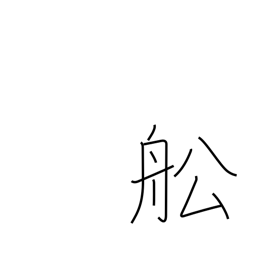
Meaning: vessel